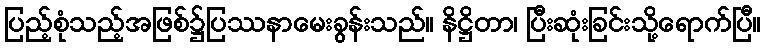
ပြည့်စုံသည့်အဖြစ်၌ပြဿနာမေးခွန်းသည်။ နိဋ္ဌိတာ၊ ပြီးဆုံးခြင်းသို့ရောက်ပြီ။